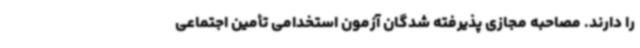
را دارند. مصاحبه مجازی پذیرفته شدگان آزمون استخدامی تأمین اجتماعی